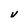
Character: V